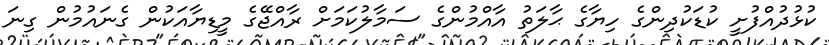
ކުޅުދުއްފުށީ ކުޑަކުދިންގެ ހިޔާގެ ޙާލަތު އާއްމުންގެ ސަމާލުކަމަށް ރާއްޖޭގެ މީޑިޔާއަކުން ގެނައުމުން ގިނަ